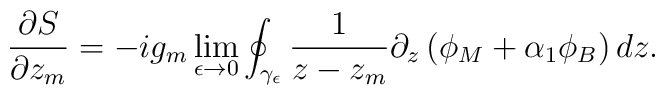
\frac{\partial S}{\partial z_m} = - i g_m \lim_{\epsilon \rightarrow 0}\oint_{\gamma_{\epsilon}} \frac{1}{z-z_m}\partial_z\left(\phi_M+ \alpha_1\phi_B\right) d z.